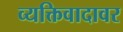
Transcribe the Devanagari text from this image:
व्यक्तिवादावर